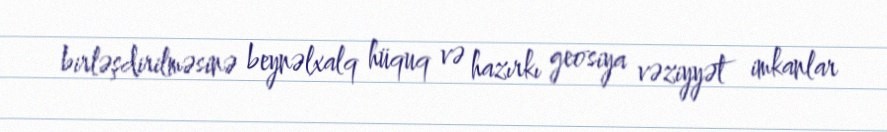
birləşdirilməsinə beynəlxalq hüquq və hazırkı geosiya vəziyyət imkanlar